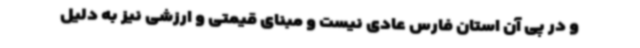
و در پی آن استان فارس عادی نیست و مبنای قیمتی و ارزشی نیز به دلیل